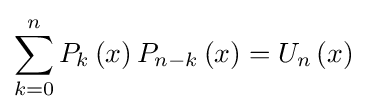
\sum _{k=0}^{n}P_{k}\left(x\right)P_{n-k}\left(x\right)=U_{n}\left(x\right)